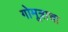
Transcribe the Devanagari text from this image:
गोमूत्राचा